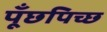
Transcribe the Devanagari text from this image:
पूँछपिच्छ